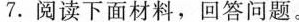
7.阅读下面材料，回答问题。